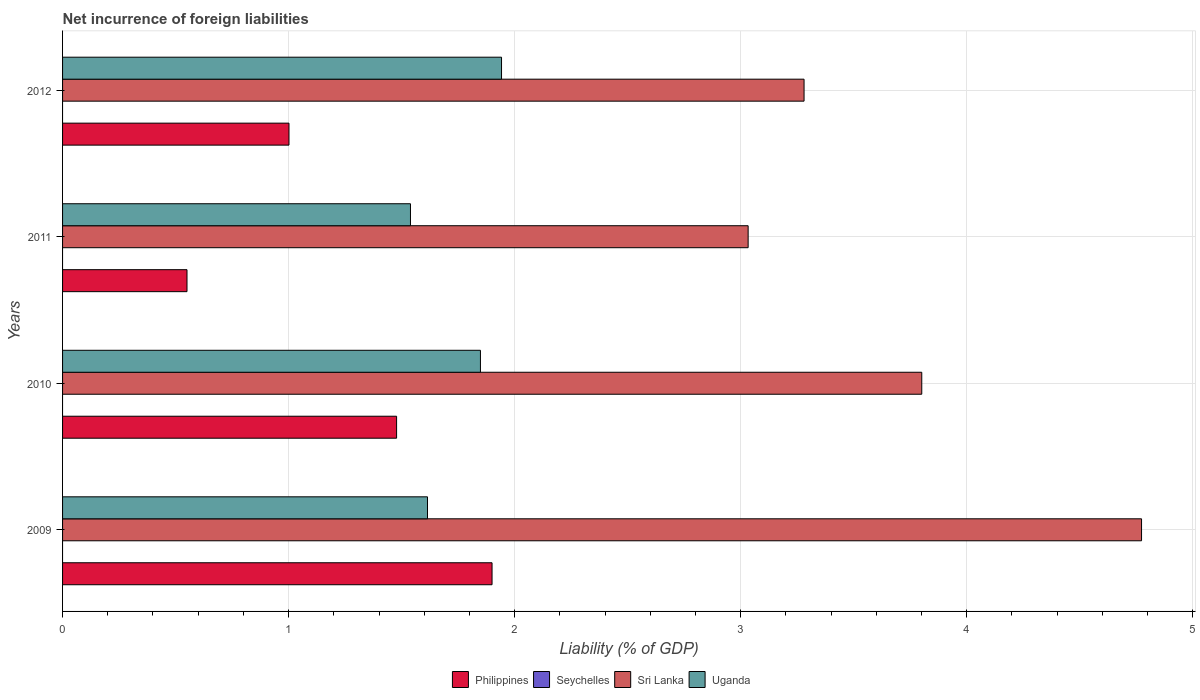
| Years | Philippines | Seychelles | Sri Lanka | Uganda |
 | --- | --- | --- | --- | --- |
 | 2009 | 1.9 | -2.47 | 4.77 | 1.61 |
 | 2010 | 1.48 | -1.53 | 3.8 | 1.85 |
 | 2011 | 0.551 | -0.605 | 3.03 | 1.54 |
 | 2012 | 1 | -0.711 | 3.28 | 1.94 |